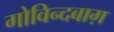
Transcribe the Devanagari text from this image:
गोविन्दबाग़